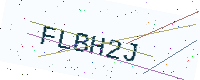
Text: FLBH2J